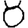
Digit: 8